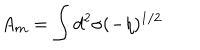
A _ { m } = \int d ^ { 2 } \sigma ( - \eta ) ^ { 1 / 2 }